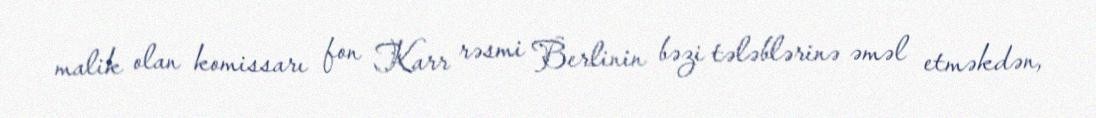
malik olan komissarı fon Karr rəsmi Berlinin bəzi tələblərinə əməl etməkdən,